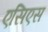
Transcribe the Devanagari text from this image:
एसिएस